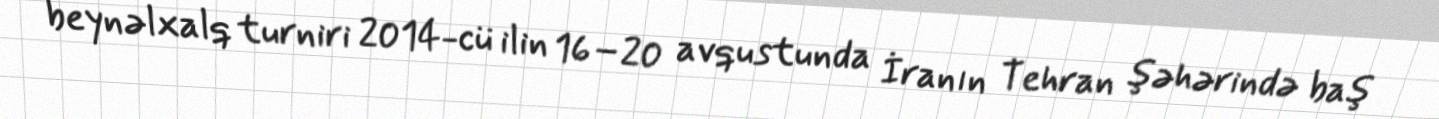
beynəlxalq turniri 2014-cü ilin 16–20 avqustunda İranın Tehran şəhərində baş